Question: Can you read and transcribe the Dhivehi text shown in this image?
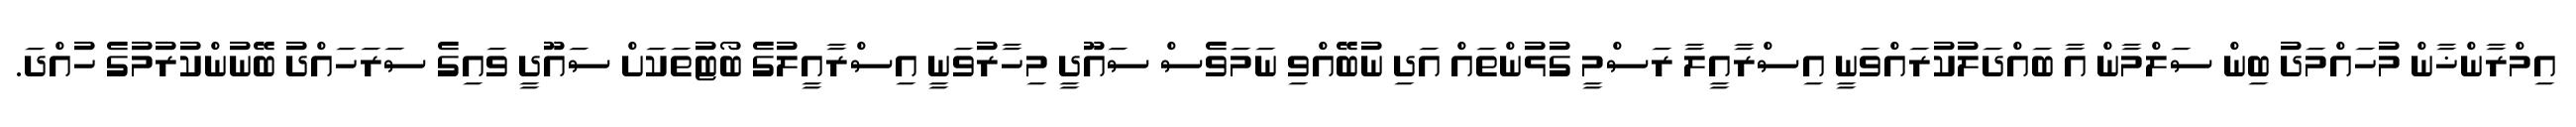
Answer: އިމްރާންޚާން މުހައްމަދު ބިން ސަލްމާން އާ ބައްދަލުކުރައްވަނީ އިސްރާއީލާ ރަސްމީ ގުޅުންތައް އަދި ނުބޭއްވި ނަމަވެސް ސައޫދީ މިހާރުވަނީ އިސްރާއީލުގެ ބޯޓުތަކަށް ސައޫދީ ވައިގެ ސަރަހައްދު ބޭނުންކުރުމުގެ ހުއްދަ.